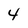
Character: 4